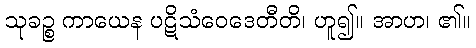
သုခဉ္စ ကာယေန ပဋိသံဝေဒေတီတိ၊ ဟူ၍။ အာဟ၊ ၏။